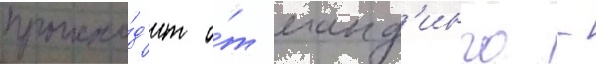
происхо́д'ит о́т манд'инго -